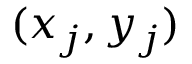
( x _ { j } , y _ { j } )